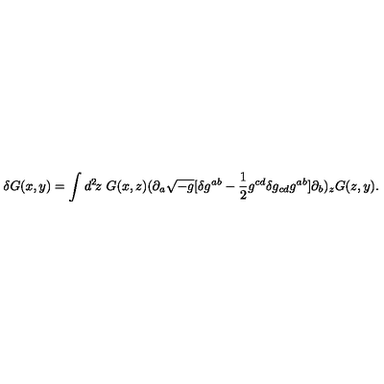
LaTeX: \delta G ( x , y ) = \int d ^ { 2 } \! z \ G ( x , z ) ( \partial _ { a } \sqrt { - g } [ \delta g ^ { a b } - { \frac { 1 } { 2 } } g ^ { c d } \delta g _ { c d } g ^ { a b } ] \partial _ { b } ) _ { z } G ( z , y ) .